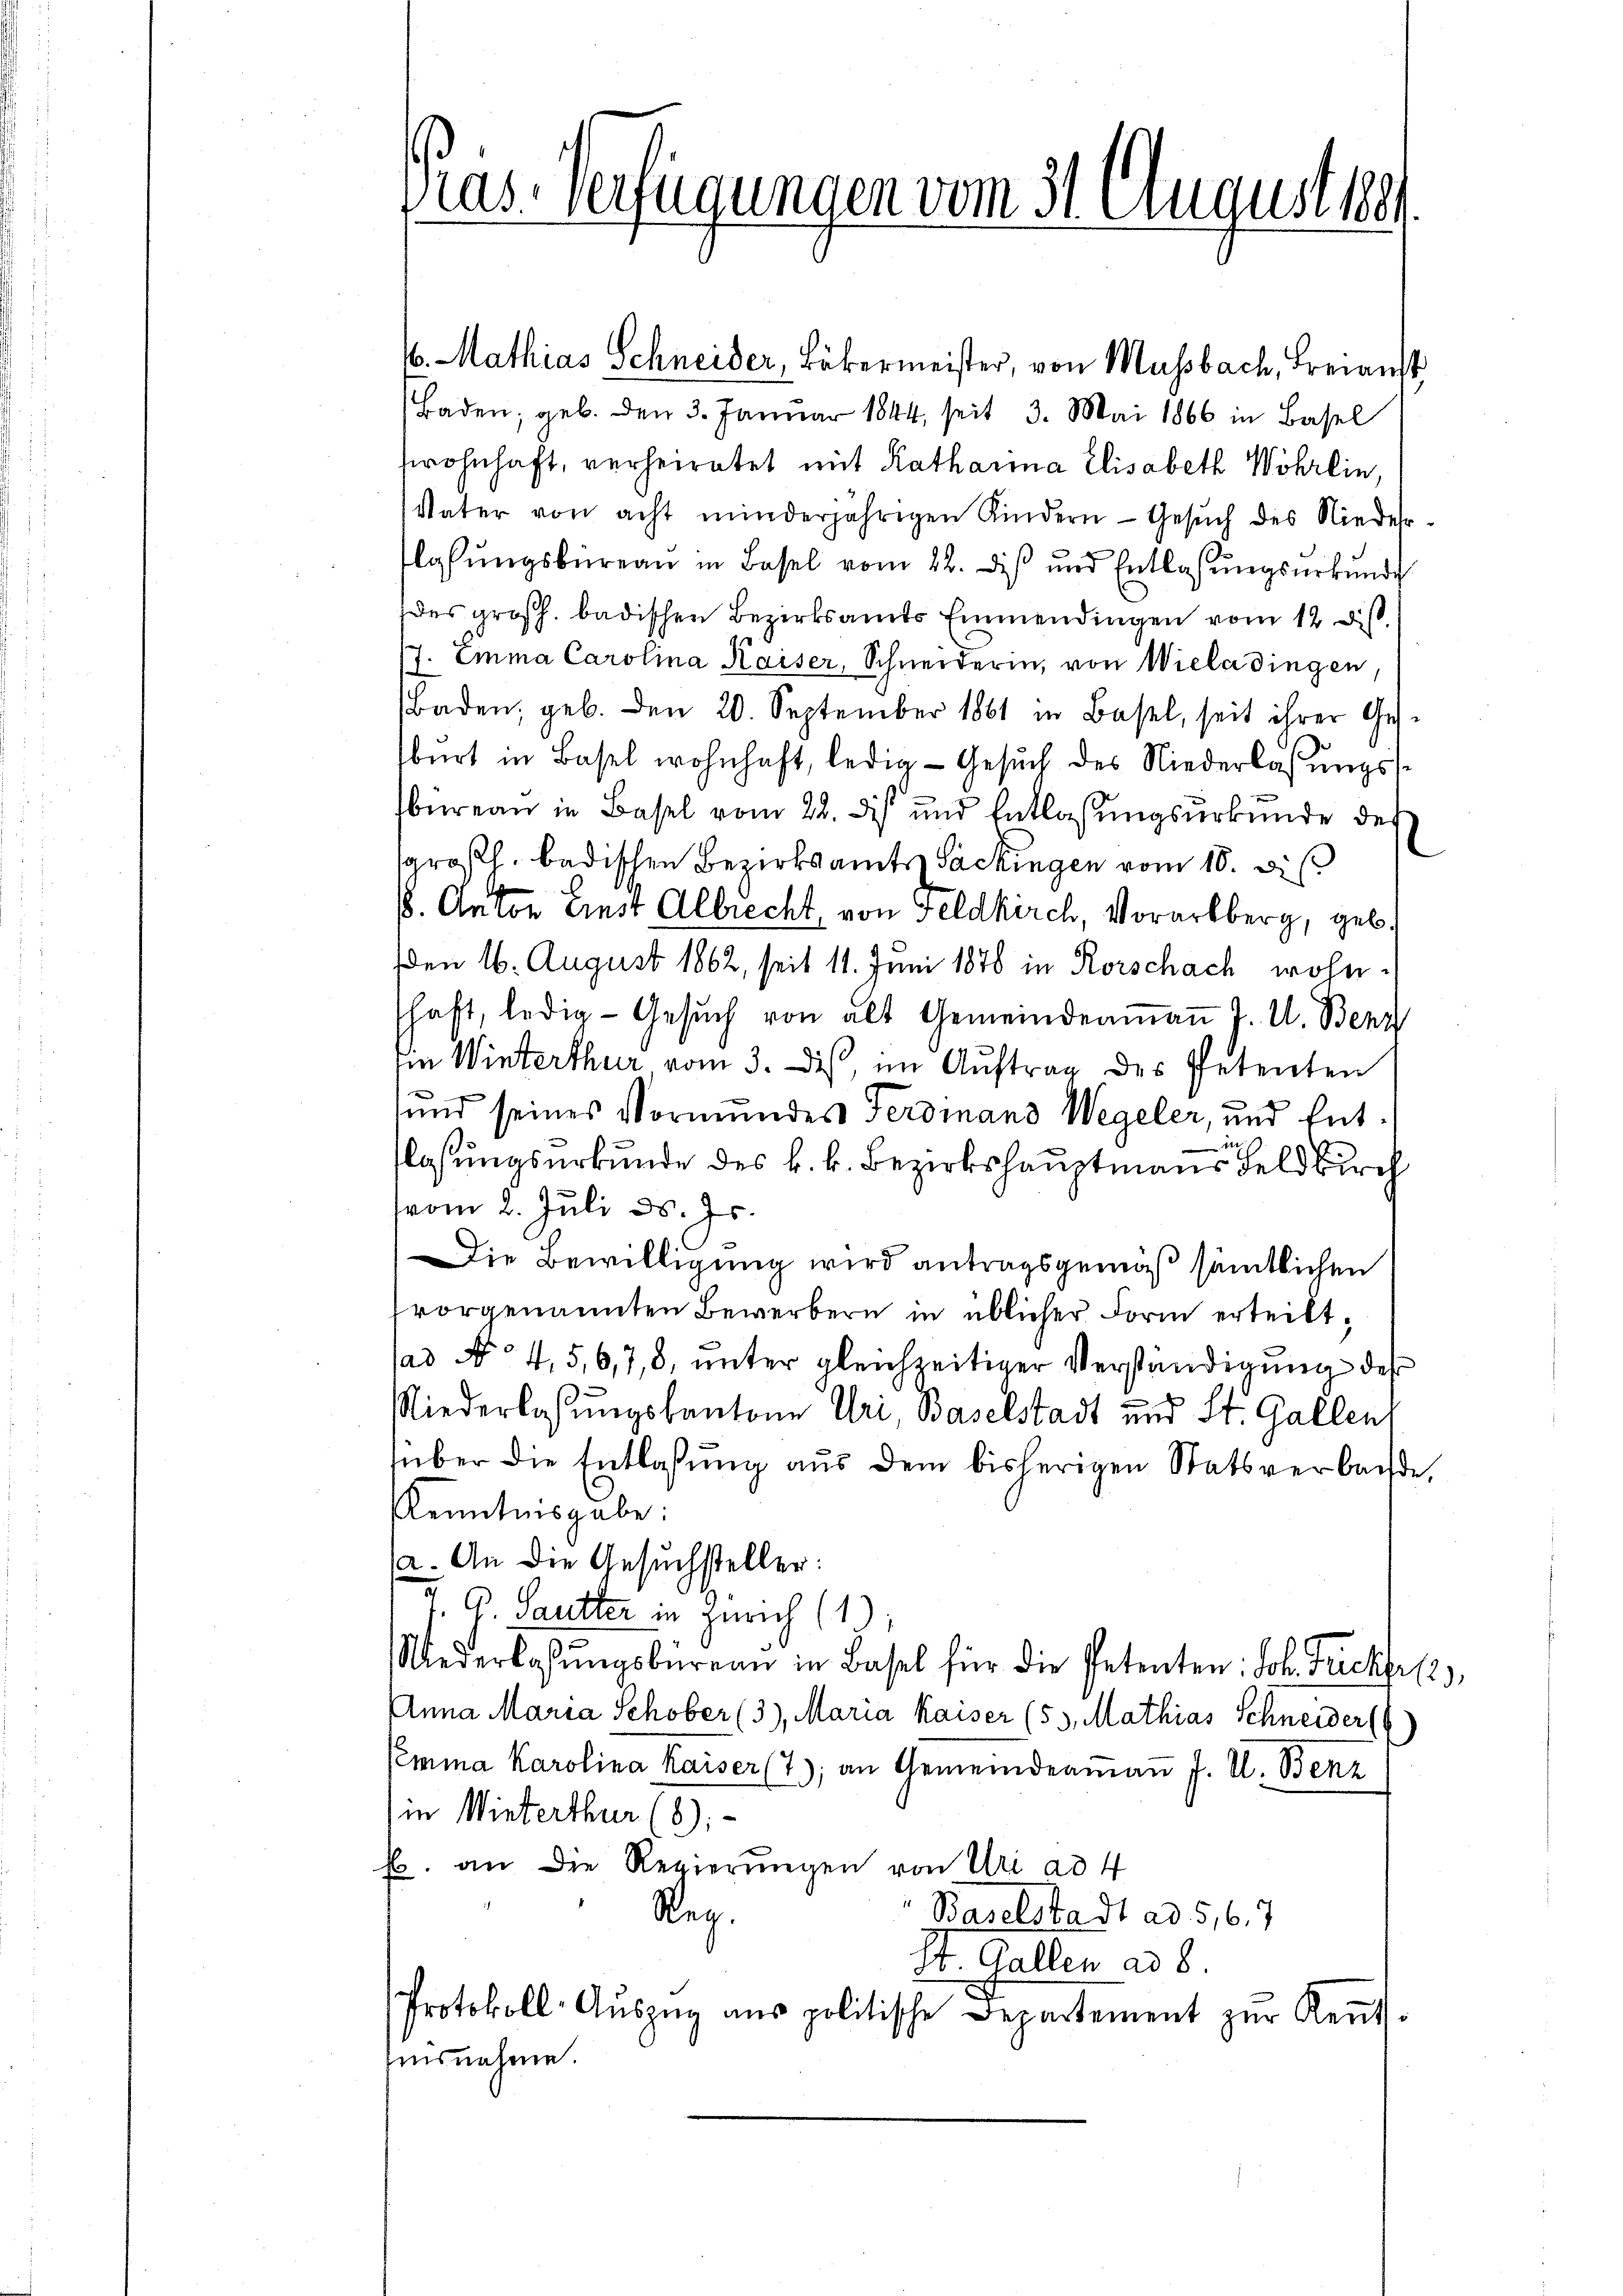
Pras-Verfügungen vom 31. August 1891

4. Mathias Schneider, Bäkermeister, von Mussbach, Freianst
Baden, geb. den 3. Januar 1844, seit 3. Mai 1866 in Basel
wohnhaft, verheiratet mit Katharina Elisabeth Wöhrlin,
Vater von acht minderjährigen Kindern Gesŭch des Niederlassungsbüreau in Basel vom 22. dis und Entlassungsurkunde
des großh. badischen Bezirksamts Emmendingen vom 12. dist.
/7. Emma Carolina Kaiser, Schneiderin, von Wieladingen,
Baden, geb. den 20. September 1861 in Basel, seit ihrer Gesburt in Basel wohnhaft, ledig - Gesuch des Niederlassungsbureau in Basel vom 22. dis und Entlassungsurkunde der
sgroßh. badischen Bezirksamts Packingen vom 10. di
s. Anton Einst Albrecht, von Feldkirch, Vorarlberg, geb.
Den 16. August 1862, seit 11. Juni 1876 in Rorschach wohnshaft, ledig- Gesŭch von alt Gemeindeaṁaṅ J. U. Benz
Im Winterthur vom 3. ist, im Auftrag des Petenten
und seines Vormundes Ferdinand Wegeler, und Entlasungsurkunde des k. k. Bezirkshauptmanns Feldkirch
vvom 2. Juli d. Js.
Die Bewilligung wird antragsgemäß sämtlichen
vorgenannten Bewerbern in üblicher Form erteilt,
jad No 4,5,6,78, unter gleichzeitiger Verständigung des
Niederlassungskantone Uri, Baselstadt und St. Gallen,
über die Entlaßung aus dem bisherigen Statsverbachte,
Kenntnisgabe:
a. An die Gesuchsteller:
V 6 Sautter in Zürich (1):
Niederlasŭngsbüreau in Basel für die Petenten: Joh. Fuchsel,
Anna Maria Schober (3), Maria Kaiser (53, Mathias Schneider
Semina Karolina Kaiser (7); an Gemeindeamann J. U. Benz
in Winterthur (8).
Es. an die Regierŭngen von Uri ad 4
Reg.
Baselstadt ad 5, 6, 7
St. Gallen ad 8.
Protokoll-Aŭszŭg aŭs politische Departement zŭr Keṅt-
ausnahme.